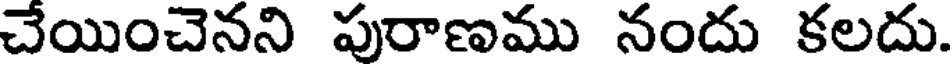
చేయించెనని పురాణము నందు కలదు.